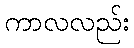
ကာလလည်း